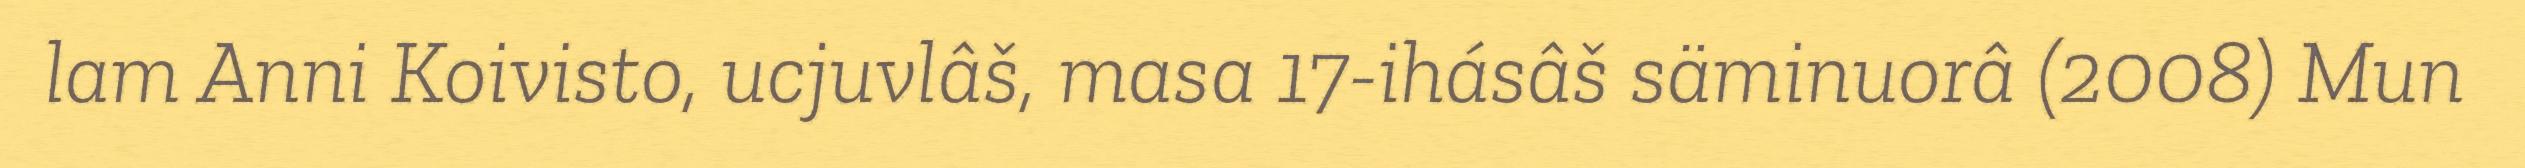
lam Anni Koivisto, ucjuvlâš, masa 17-ihásâš säminuorâ (2008) Mun